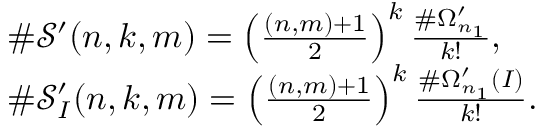
\begin{array} { r l } & { \# \mathcal { S } ^ { \prime } ( n , k , m ) = \left( \frac { ( n , m ) + 1 } { 2 } \right) ^ { k } \frac { \# \Omega _ { n _ { 1 } } ^ { \prime } } { k ! } , } \\ & { \# \mathcal { S } _ { I } ^ { \prime } ( n , k , m ) = \left( \frac { ( n , m ) + 1 } { 2 } \right) ^ { k } \frac { \# \Omega _ { n _ { 1 } } ^ { \prime } ( I ) } { k ! } . } \end{array}